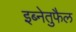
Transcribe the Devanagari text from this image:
इब्नेतुफैल